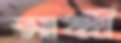
মাধ্বী